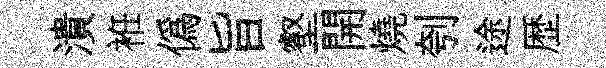
潰袵偽旨壑開燒刳途歴